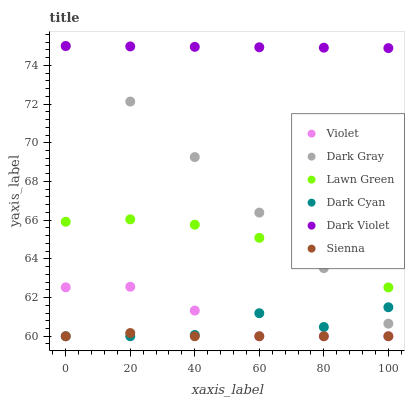
| xaxis_label | Violet | Dark Gray | Lawn Green | Dark Cyan | Dark Violet | Sienna |
 | --- | --- | --- | --- | --- | --- | --- |
 | 0 | 62.5 | 75 | 65.9 | 60 | 75 | 60 |
 | 20 | 62.6 | 72.1 | 66 | 60 | 75 | 60.2 |
 | 40 | 61.3 | 69.3 | 65.8 | 60.1 | 75 | 60 |
 | 60 | 60 | 66.4 | 65.1 | 61.2 | 74.9 | 60 |
 | 80 | 60 | 63.5 | 64 | 60.5 | 74.9 | 60 |
 | 100 | 60 | 60.7 | 62.5 | 61.5 | 74.9 | 60 |